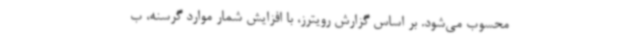
محسوب می‌شود. بر اساس گزارش رویترز، با افزایش شمار موارد گرسنه، ب